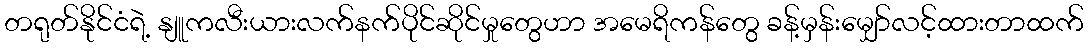
တရုတ်နိုင်ငံရဲ့ နျူကလီးယားလက်နက်ပိုင်ဆိုင်မှုတွေဟာ အမေရိကန်တွေ ခန့်မှန်းမျှော်လင့်ထားတာထက်